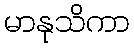
မာနုသိကာ